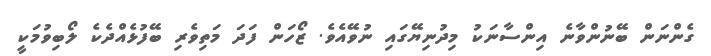
ގެންނަން ބޭނުންވާނެ އިންސާނަކު މިދުނިޔޭގައި ނުވޭއެވެ. ޒޯހަން ފަދަ މަތިވެރި ބޭފުޅެއްދެކެ ލޯބިވުމަކީ